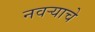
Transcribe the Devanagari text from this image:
नवऱ्याचे